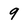
Character: 9